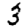
Digit: 3